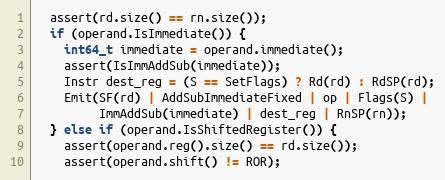
Language: C++
  assert(rd.size() == rn.size());
  if (operand.IsImmediate()) {
    int64_t immediate = operand.immediate();
    assert(IsImmAddSub(immediate));
    Instr dest_reg = (S == SetFlags) ? Rd(rd) : RdSP(rd);
    Emit(SF(rd) | AddSubImmediateFixed | op | Flags(S) |
         ImmAddSub(immediate) | dest_reg | RnSP(rn));
  } else if (operand.IsShiftedRegister()) {
    assert(operand.reg().size() == rd.size());
    assert(operand.shift() != ROR);